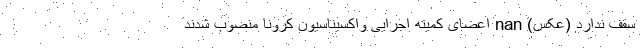
سقف ندارد (عکس) nan اعضای کمیته اجرایی واکسیناسیون کرونا منصوب شدند